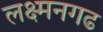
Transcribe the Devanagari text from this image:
लक्ष्मनगढ